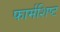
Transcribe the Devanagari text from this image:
फार्मशिष्ट